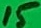
Text: 15